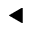
\blacktriangleleft